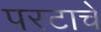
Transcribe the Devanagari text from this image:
परटाचे